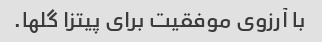
با آرزوی موفقیت برای پیتزا گلها.